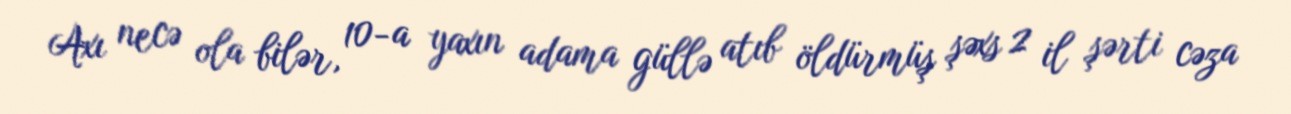
Axı necə ola bilər, 10-a yaxın adama güllə atıb öldürmüş şəxs 2 il şərti cəza